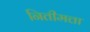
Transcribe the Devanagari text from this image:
नितीमत्ता